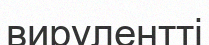
вирулентті